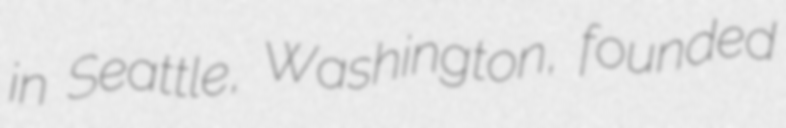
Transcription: in Seattle, Washington, founded